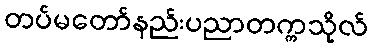
တပ်မတော်နည်းပညာတက္ကသိုလ်